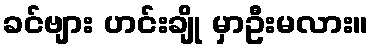
ခင်ဗျား ဟင်းချို မှာဦးမလား။